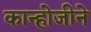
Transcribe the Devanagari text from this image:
कान्होजीने